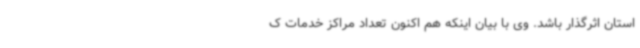
استان اثرگذار باشد. وی با بیان اینکه هم اکنون تعداد مراکز خدمات ک